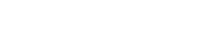
လူသိများလာပါသည်။